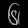
Digit: ၆